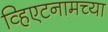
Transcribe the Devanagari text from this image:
व्हिएटनामच्या